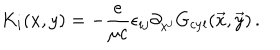
K _ { i } ( x , y ) = - { \frac { e } { \mu c } } \epsilon _ { i j } \partial _ { x ^ { j } } G _ { \mathrm { c y l } } ( \vec { x } , \vec { y } ) \, .